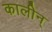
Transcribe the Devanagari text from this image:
कालीन्